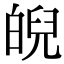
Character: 𤾆